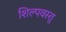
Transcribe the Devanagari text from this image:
शिल्पवस्तु